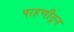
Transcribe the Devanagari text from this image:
पाहणीतून